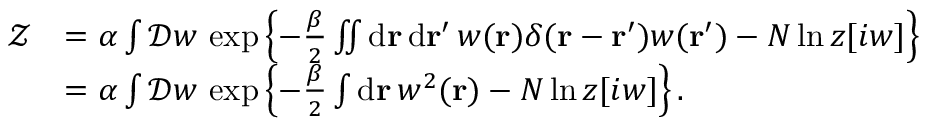
\begin{array} { r l } { \mathcal { Z } } & { = \alpha \int \mathcal { D } w \, \exp \left\{ - \frac { \beta } { 2 } \iint \mathrm { d } \mathbf { r } \, \mathrm { d } \mathbf { r } ^ { \prime } \, w ( \mathbf { r } ) \delta ( \mathbf { r } - \mathbf { r } ^ { \prime } ) w ( \mathbf { r } ^ { \prime } ) - N \ln z [ i w ] \right\} } \\ & { = \alpha \int \mathcal { D } w \, \exp \left\{ - \frac { \beta } { 2 } \int \mathrm { d } \mathbf { r } \, w ^ { 2 } ( \mathbf { r } ) - N \ln z [ i w ] \right\} . } \end{array}